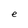
Character: e